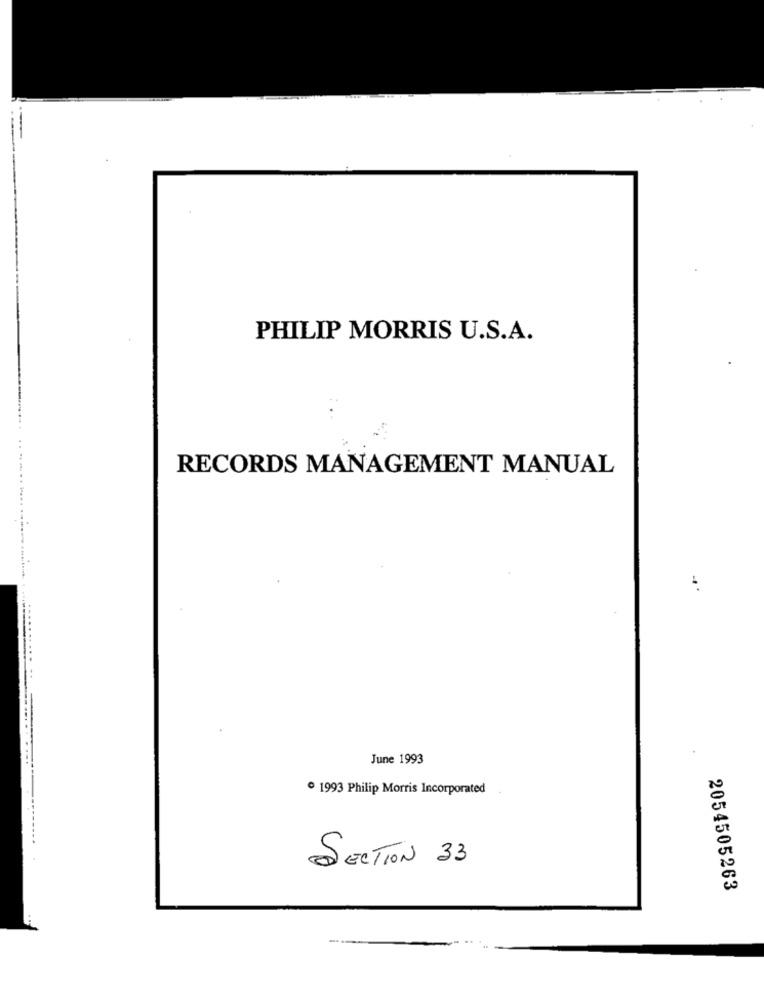
PHILIP MORRIS U.S.A.
RECORDS MANAGEMENT MANUAL
June 1993
1993 Philip Morris Incorporated
SECTION 33
2054505263